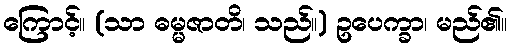
ကြောင့်။ (သာ ဓမ္မဇာတိ၊ သည်။) ဥပေက္ခာ၊ မည်၏။